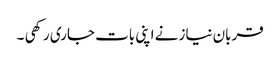
قربان نیاز نے اپنی بات جاری رکھی ۔